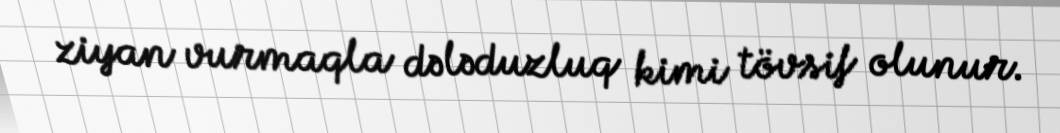
ziyan vurmaqla dələduzluq kimi tövsif olunur.